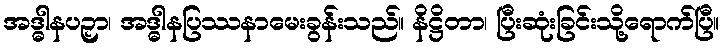
အဒ္ဓါနပဉှာ၊ အဒ္ဓါနပြဿနာမေးခွန်းသည်။ နိဋ္ဌိတာ၊ ပြီးဆုံးခြင်းသို့ရောက်ပြီ။